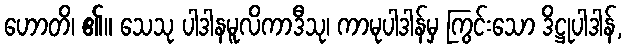
ဟောတိ၊ ၏။ သေသု ပါဒါနမူလိကာဒီသု၊ ကာမုပါဒါန်မှ ကြွင်းသော ဒိဋ္ဌုပါဒါန်,